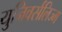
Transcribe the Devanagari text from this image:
युनिवर्सलिज्म